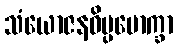
သံယောဇနဝိပ္ပမောက္ခာ